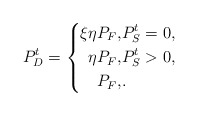
\begin{align*}P_{D}^{t} =\left\{\begin{aligned}\xi \eta P_{F}, &P_S^t = 0,\\\eta P_{F}, &P_S^t > 0 , \\ P_{F}, & .\end{aligned}\right. \end{align*}